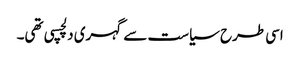
اسی طرح سیاست سے گہری دلچسپی تھی۔